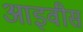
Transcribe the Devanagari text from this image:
आइवीस